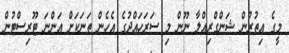
މީގެ އިތުރުން ޝަންގްރިއްލާ ނޫން މި ސަރަހައްދުގެ އެހެން ތަނަކަށް އަންނަ ޓޫރިސްޓުން